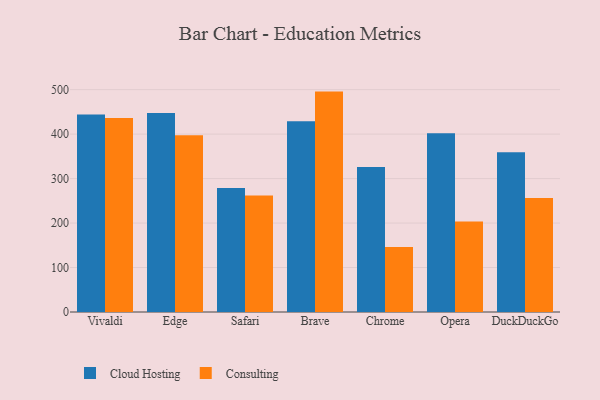
{"axis": {"x": "Browser", "y": "Page Views"}, "legend": ["Cloud Hosting", "Consulting"], "data": [{"x": "Vivaldi", "y": 444.3, "type": "Cloud Hosting"}, {"x": "Vivaldi", "y": 436.2, "type": "Consulting"}, {"x": "Edge", "y": 447.6, "type": "Cloud Hosting"}, {"x": "Edge", "y": 397.2, "type": "Consulting"}, {"x": "Safari", "y": 278.9, "type": "Cloud Hosting"}, {"x": "Safari", "y": 261.7, "type": "Consulting"}, {"x": "Brave", "y": 428.9, "type": "Cloud Hosting"}, {"x": "Brave", "y": 495.6, "type": "Consulting"}, {"x": "Chrome", "y": 326.3, "type": "Cloud Hosting"}, {"x": "Chrome", "y": 146.0, "type": "Consulting"}, {"x": "Opera", "y": 401.7, "type": "Cloud Hosting"}, {"x": "Opera", "y": 203.5, "type": "Consulting"}, {"x": "DuckDuckGo", "y": 359.0, "type": "Cloud Hosting"}, {"x": "DuckDuckGo", "y": 256.5, "type": "Consulting"}]}